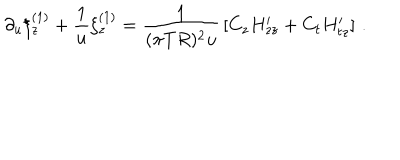
\partial _ { u } \xi _ { z } ^ { ( 1 ) } + { \frac { 1 } { u } } \xi _ { z } ^ { ( 1 ) } = { \frac { 1 } { ( \pi T R ) ^ { 2 } u } } \left[ C _ { z } H _ { z z } ^ { \prime } + C _ { t } H _ { t z } ^ { \prime } \right] \, .